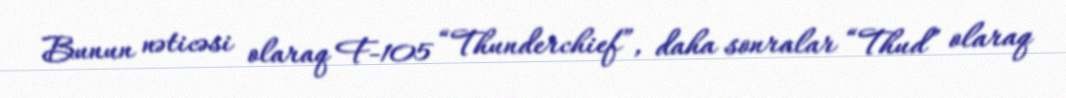
Bunun nəticəsi olaraq F-105 “Thunderchief”, daha sonralar “Thud” olaraq